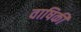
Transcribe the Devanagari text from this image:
वाषिकी